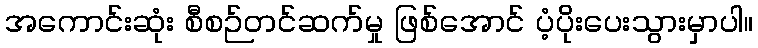
အကောင်းဆုံး စီစဉ်တင်ဆက်မှု ဖြစ်အောင် ပံ့ပိုးပေးသွားမှာပါ။